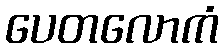
ပေတလောကံ